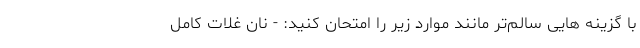
با گزینه هایی سالم‌تر مانند موارد زیر را امتحان کنید: - نان غلات کامل